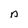
Character: n